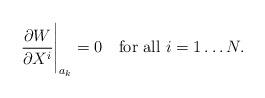
LaTeX: \begin{align*}\frac{\partial W}{\partial X^{i}}\Bigg| _{a_{k}}=0 \quad\hbox{for all } i=1\dots N.\end{align*}